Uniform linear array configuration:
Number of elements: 32
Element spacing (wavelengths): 0.5
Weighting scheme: blackman
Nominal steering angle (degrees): -45
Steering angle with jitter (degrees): -45.936
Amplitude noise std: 0.05
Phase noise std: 0.05

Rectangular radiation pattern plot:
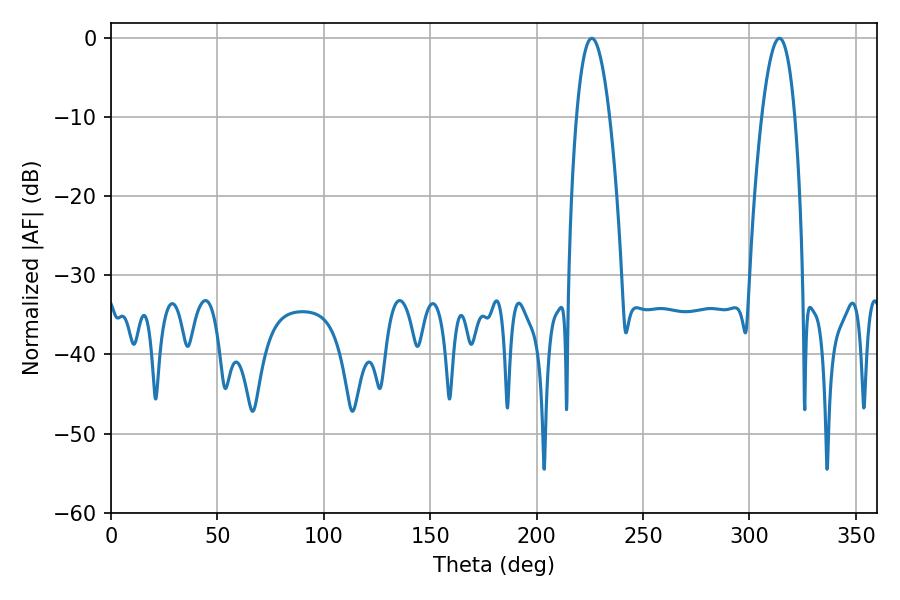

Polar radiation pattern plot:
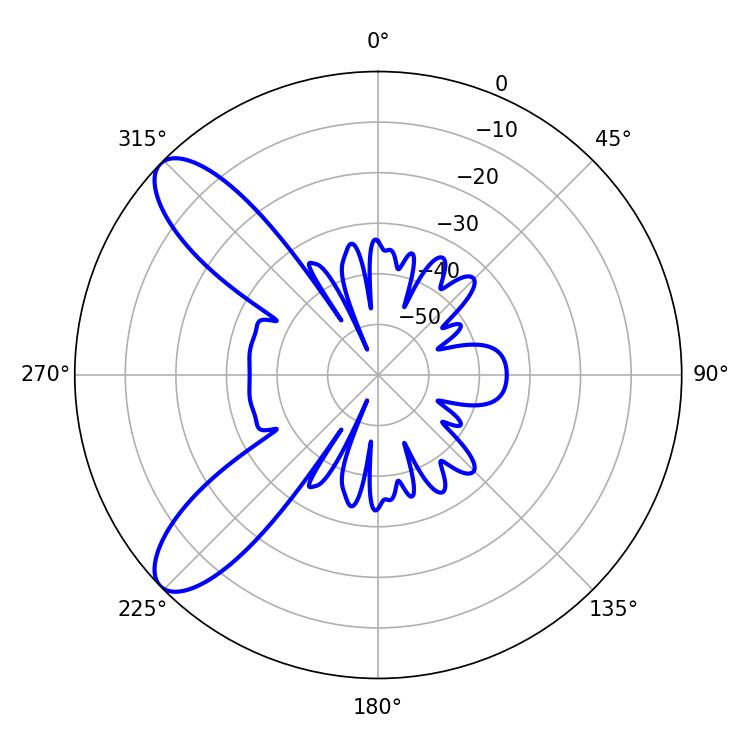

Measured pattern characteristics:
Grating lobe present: FALSE
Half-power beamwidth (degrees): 8.64
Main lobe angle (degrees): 225.9